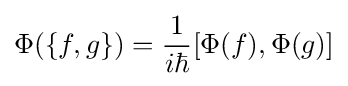
\Phi (\{f,g\})={\frac {1}{i\hbar }}[\Phi (f),\Phi (g)]